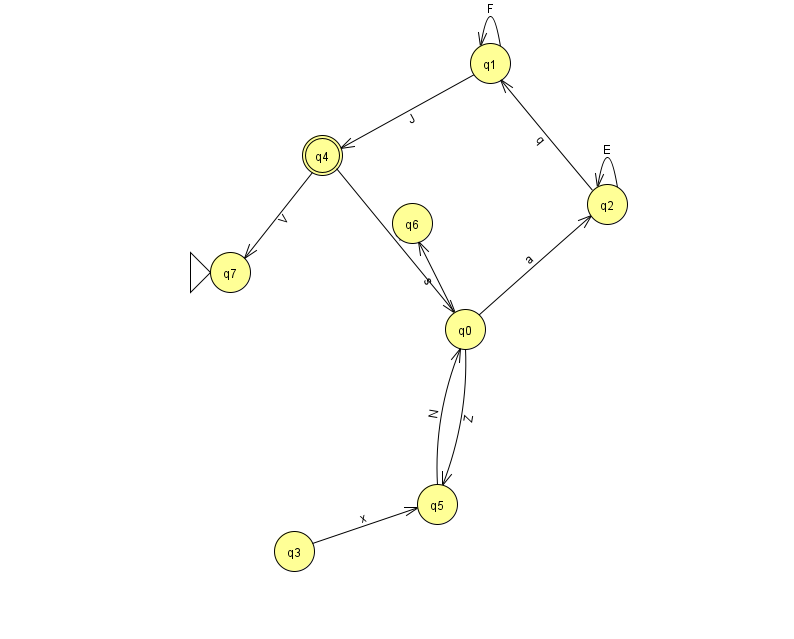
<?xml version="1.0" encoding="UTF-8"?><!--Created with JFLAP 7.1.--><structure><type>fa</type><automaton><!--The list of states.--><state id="0" name="q0"><x>465.0</x><y>316.0</y></state><state id="1" name="q1"><x>490.0</x><y>50.0</y></state><state id="2" name="q2"><x>607.0</x><y>191.0</y></state><state id="3" name="q3"><x>294.0</x><y>538.0</y></state><state id="4" name="q4"><x>322.0</x><y>142.0</y><final/></state><state id="5" name="q5"><x>437.0</x><y>491.0</y></state><state id="6" name="q6"><x>412.0</x><y>210.0</y></state><state id="7" name="q7"><x>230.0</x><y>259.0</y><initial/></state><!--The list of transitions.--><transition><from>0</from><to>2</to><read>a</read></transition><transition><from>1</from><to>4</to><read>J</read></transition><transition><from>0</from><to>6</to><read>s</read></transition><transition><from>5</from><to>0</to><read>N</read></transition><transition><from>2</from><to>2</to><read>E</read></transition><transition><from>0</from><to>5</to><read>Z</read></transition><transition><from>1</from><to>1</to><read>F</read></transition><transition><from>4</from><to>0</to><read>K</read></transition><transition><from>2</from><to>1</to><read>q</read></transition><transition><from>3</from><to>5</to><read>x</read></transition><transition><from>4</from><to>7</to><read>V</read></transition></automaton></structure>